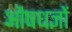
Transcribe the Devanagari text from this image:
औषधज्ञों